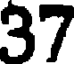
37